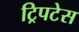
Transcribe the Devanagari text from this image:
ट्रिपटेस